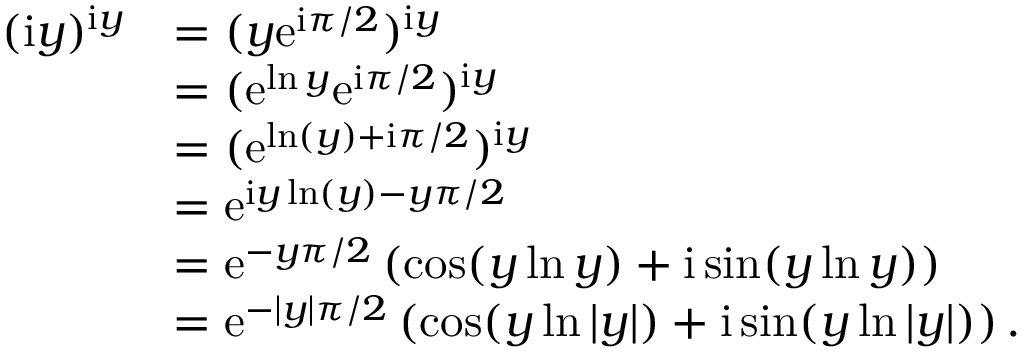
\begin{array} { r l } { ( \mathrm { i } y ) ^ { \mathrm { i } y } } & { = ( y \mathrm { e } ^ { \mathrm { i } \pi / 2 } ) ^ { \mathrm { i } y } } \\ & { = ( \mathrm { e } ^ { \ln y } \mathrm { e } ^ { \mathrm { i } \pi / 2 } ) ^ { \mathrm { i } y } } \\ & { = ( \mathrm { e } ^ { \ln ( y ) + \mathrm { i } \pi / 2 } ) ^ { \mathrm { i } y } } \\ & { = \mathrm { e } ^ { \mathrm { i } y \ln ( y ) - y \pi / 2 } } \\ & { = \mathrm { e } ^ { - y \pi / 2 } \left( \cos ( y \ln y ) + \mathrm { i } \sin ( y \ln y ) \right) } \\ & { = \mathrm { e } ^ { - | y | \pi / 2 } \left( \cos ( y \ln | y | ) + \mathrm { i } \sin ( y \ln | y | ) \right) \mathrm { . } } \end{array}